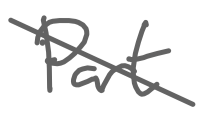
Text: Part
Cross-out: diagonal
Writing tool: digital_gray